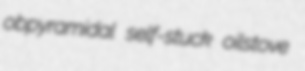
obpyramidal self-stuck oilstove